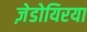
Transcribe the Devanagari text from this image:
ज़ेडोयिरया